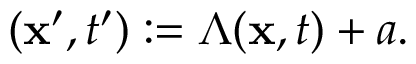
( { \bf x } ^ { \prime } , t ^ { \prime } ) : = \Lambda ( { \bf x } , t ) + a .